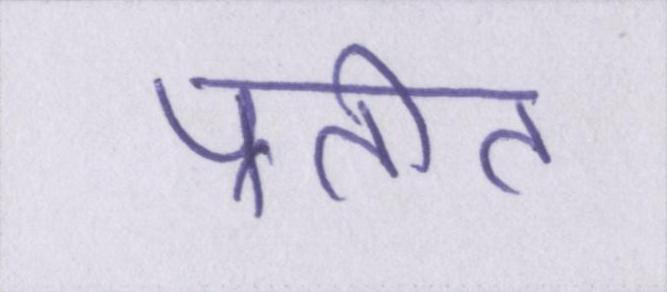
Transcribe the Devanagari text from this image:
प्रतीत